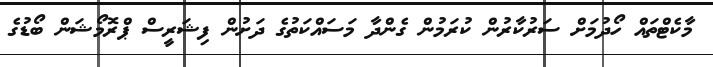
މާކެޓްތައް ހޯދުމަށް ސަރުކާރުން ކުރަމުން ގެންދާ މަސައްކަތުގެ ދަށުން ފިޝަރީސް ޕްރޮމޯޝަން ބޯޑުގެ